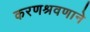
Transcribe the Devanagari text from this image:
करणश्रवणाने